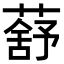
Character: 𦺗